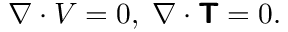
\nabla \cdot \boldsymbol { V } = 0 , \; \nabla \cdot \boldsymbol { \mathsf { T } } = 0 .